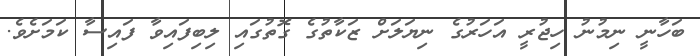
ބަހާނީ ނިމުނު ހިޖުރީ އަހަރުގެ ނިޔަލަށް ޒަކާތުގެ ގޮތުގައި ލިބިފައިވާ ފައިސާ ކަމަށެވެ.